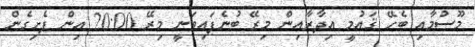
މޫސުމާއި ބެހޭ ޤައުމީ އިދާރާއިން މިރޭ ބުނެފައިވަނީ މިރޭ 20:00 އިން ފެށިގެން